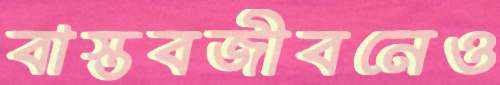
বাস্তবজীবনেও